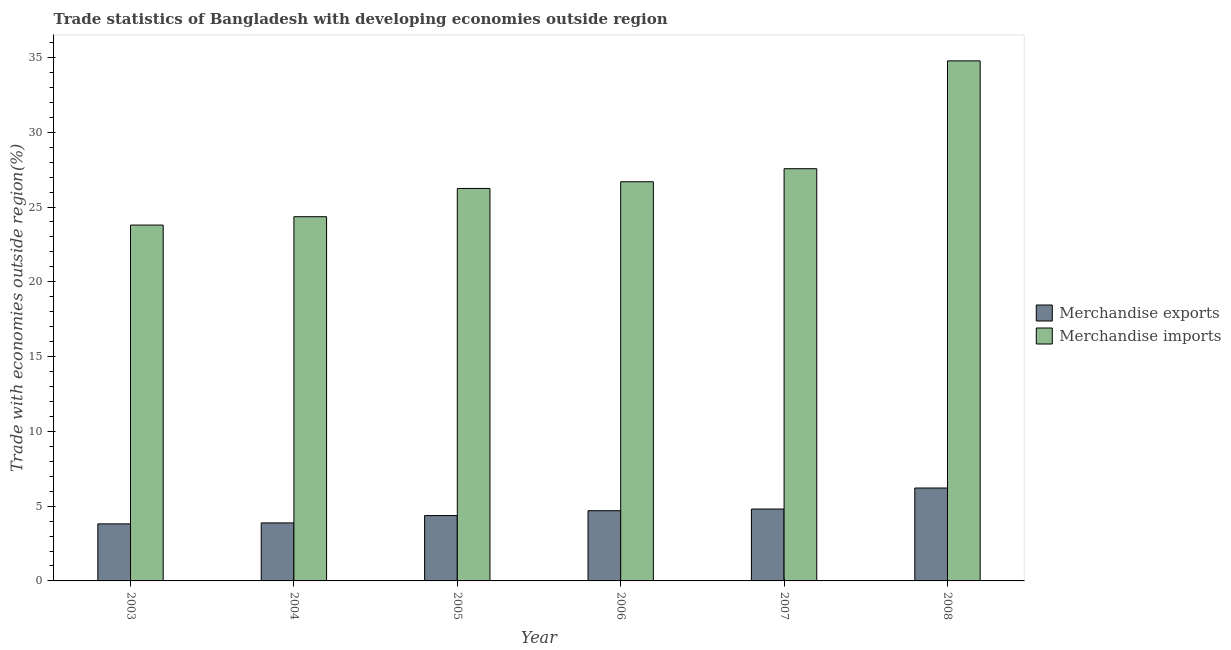
| Year | Merchandise exports | Merchandise imports |
 | --- | --- | --- |
 | 2003 | 3.81 | 23.8 |
 | 2004 | 3.88 | 24.4 |
 | 2005 | 4.37 | 26.2 |
 | 2006 | 4.69 | 26.7 |
 | 2007 | 4.81 | 27.6 |
 | 2008 | 6.21 | 34.8 |